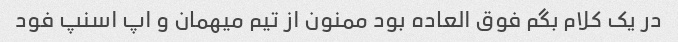
در یک کلام بگم فوق العاده بود ممنون از تیم میهمان و اپ اسنپ فود